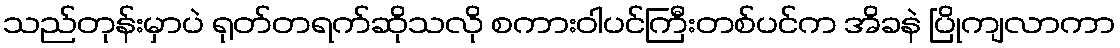
သည်တုန်းမှာပဲ ရုတ်တရက်ဆိုသလို စကားဝါပင်ကြီးတစ်ပင်က အိခနဲ ပြိုကျလာကာ